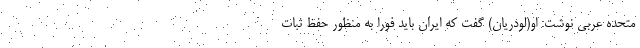
متحده عربی نوشت: او(لودریان) گفت که ایران باید فورا به منظور حفظ ثبات